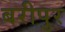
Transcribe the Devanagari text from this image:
बरीपुर